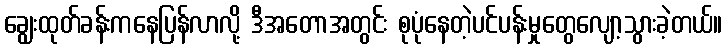
ချွေးထုတ်ခန်းကနေပြန်လာလို့ ဒီအတောအတွင်း စုပုံနေတဲ့ပင်ပန်းမှုတွေလျော့သွားခဲ့တယ်။